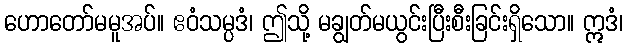
ဟောတော်မမူအပ်။ ဧဝံသမ္ပဒံ၊ ဤသို့ မချွတ်မယွင်းပြီးစီးခြင်းရှိသော။ ဣဒံ၊